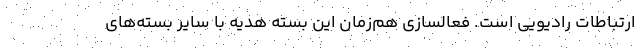
ارتباطات رادیویی است. فعالسازی هم‌زمان این بسته هدیه با سایر بسته‌های